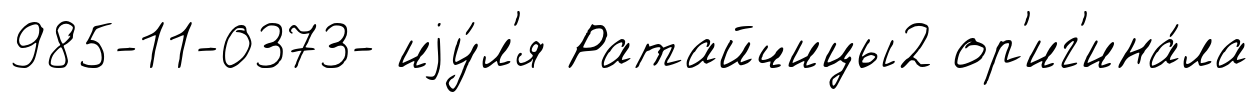
985-11-0373- иjу́л'я Ратайчицы2 ор'иг'ина́ла